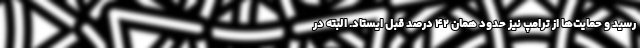
رسید و حمایت‌ها از ترامپ نیز حدود همان ۴۲ درصد قبل ایستاد. البته در